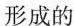
形成的